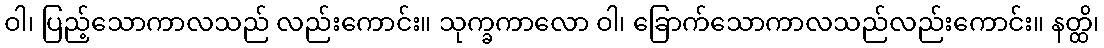
ဝါ၊ ပြည့်သောကာလသည် လည်းကောင်း။ သုက္ခကာလော ဝါ၊ ခြောက်သောကာလသည်လည်းကောင်း။ နတ္ထိ၊